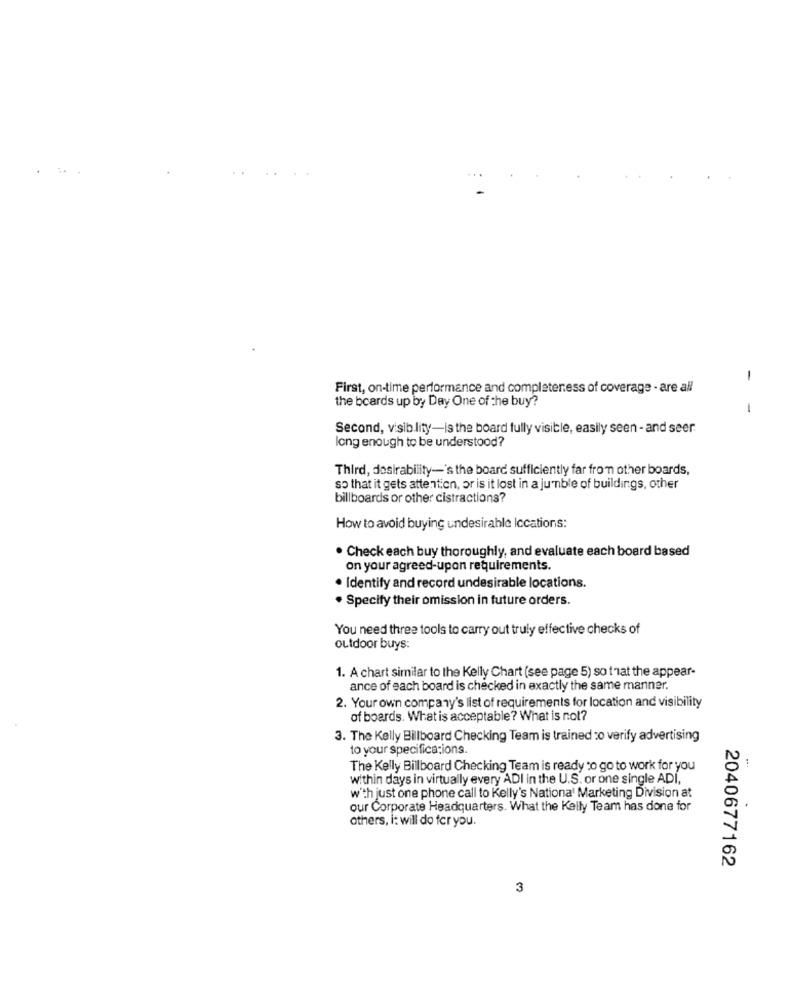
-
First, on-time performance and completeness of coverage - are all
the boards up by Day One of the buy?
-
Second, visibility-is the board fully visible, easily seen - and seer
long enough to be understood?
Third, desirability-'s the board sufficiently far from other boards,
so that it gets attention, or is it lost in a jumble of buildings, other
billboards or other cistractions?
How to avoid buying undesirable Iccations:
. Check each buy thoroughly, and evaluate each board based
on your agreed-upon requirements.
· Identify and record undesirable locations.
. Specify their omission in future orders.
You need three tools to carry out truly effective checks of
outdoor buys:
1. A chart similar to the Kelly Chart (see page 5) so that the appear-
ance of each board is checked in exactly the same manner.
2. Your own company's list of requirements for location and visibility
of boards. What is acceptable? What is not?
3. The Kelly Billboard Checking Team is trained :o verify advertising
to your specifications.
The Kelly Billboard Checking Team is ready to go to work for you
within days in virtually every ADI in the U.S. or one single ADI,
with just one phone call to Kelly's National Marketing Division at
our Corporate Headquarters. What the Kelly Team has done for
others, i: will do for you.
2040677162
3